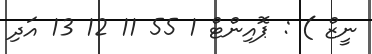
ނީޒް ) : ޕޮއިންޓް 1 55 11 12 13 އަދި